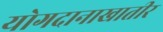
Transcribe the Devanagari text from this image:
योगदानाखातीर